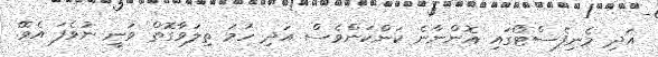
އަދި މެނިފެސްޓޯގައި އޮންނާނެ ކަންކަންވެސް އަދި ހަމަ ތިލަވާގޮތް ވަނީ ނުވެފަ އެވެ.ެ